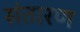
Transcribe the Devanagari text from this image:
संतारण